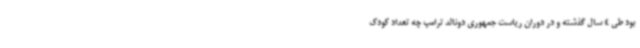
بود طی 4 سال گذشته و در دوران ریاست جمهوری دونالد ترامپ چه تعداد کودک